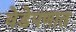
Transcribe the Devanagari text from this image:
वेडेपणात